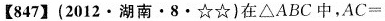
【847】(2012·湖南·8·☆☆)在△ABC中，$$A C =